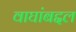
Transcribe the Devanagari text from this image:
वाघांबद्दल